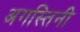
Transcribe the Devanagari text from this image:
अगस्तिनी